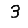
Digit: 3